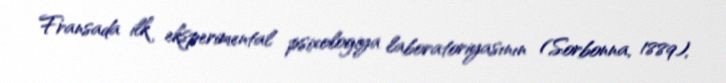
Fransada ilk eksperimental psixologiya laboratoriyasının (Sorbonna, 1889),